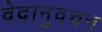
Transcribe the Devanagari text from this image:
वेदानुवचन